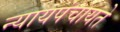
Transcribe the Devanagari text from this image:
न्यायपंचायते